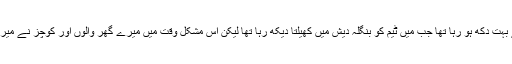
اس وقت مجھے بہت دکھ ہو رہا تھا جب میں ٹیم کو بنگلہ دیش میں کھیلتا دیکھ رہا تھا لیکن اس مشکل وقت میں میرے گھر والوں اور کوچز نے میری ہمت بڑھائی۔